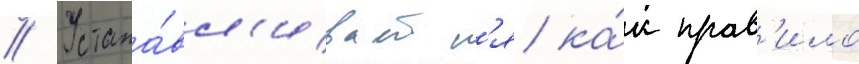
// Устана́вл'иваетс'я ка́к прав'ило